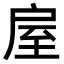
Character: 𢩈